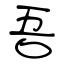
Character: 吾